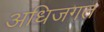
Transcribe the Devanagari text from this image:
अधिजगत